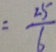
= \frac { 2 5 } { 6 }